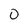
Character: 0